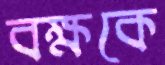
বক্ষকে